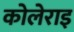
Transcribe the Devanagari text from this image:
कोलेराइ